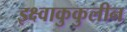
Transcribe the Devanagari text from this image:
इक्ष्वाकुकुलीन